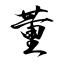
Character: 董